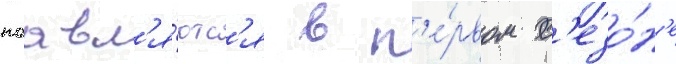
поавл'я́ютс'я в п'е́рвом с'езо́н'е